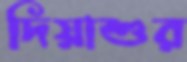
দিয়াশুর